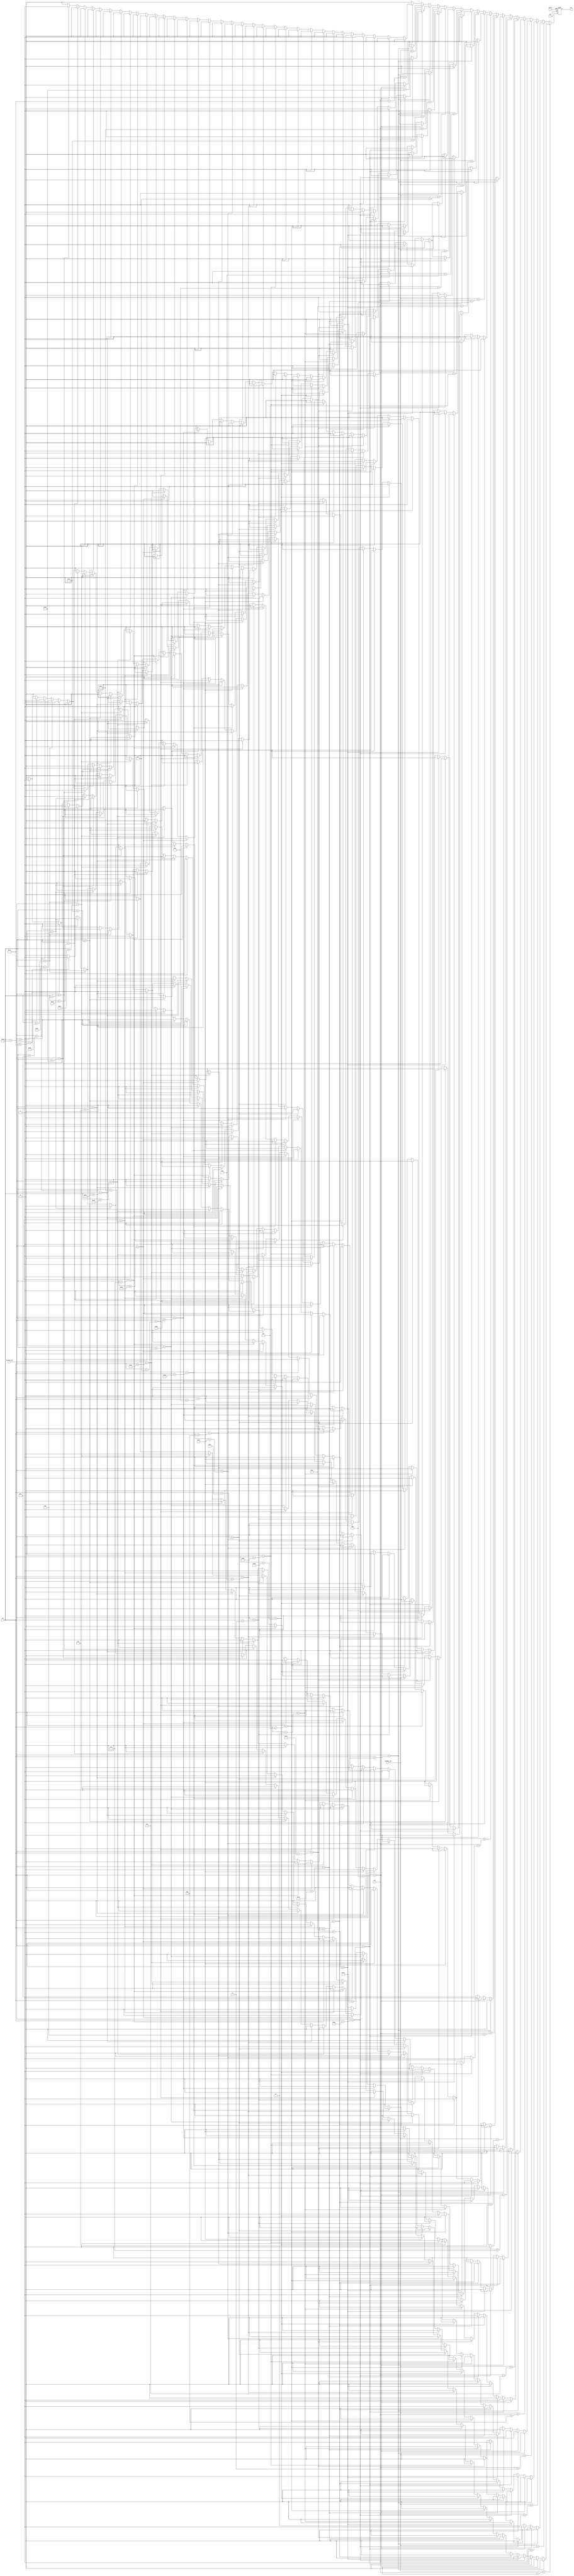
module star (clk,BTN_S,visible_col,visible_row,col,row,out);

input clk,BTN_S;
input [10:0]visible_col,visible_row,col,row;
output reg out;

wire [39:0] line_01,line_02,line_03,line_04,line_05,line_06,line_07,line_08,line_09,line_10;
wire [39:0] line_11,line_12,line_13,line_14,line_15,line_16,line_17,line_18,line_19,line_20;

assign line_01= 40'b0000000000000000000100000000000000000000;
assign line_02= 40'b0000000000000000001110000000000000000000;
assign line_03= 40'b0000000000000000001111000000000000000000;
assign line_04= 40'b0000000000000000011111000000000000000000;
assign line_05= 40'b0000000000000000011111100000000000000000;
assign line_06= 40'b0000000000000000111111110000000000000000;
assign line_07= 40'b0000000000000001111111110000000000000000;
assign line_08= 40'b0111111111111111111111111111111111111100;
assign line_09= 40'b0011111111111111111111111111111111111100;
assign line_10= 40'b0000111111111111111111111111111111100000;
assign line_11= 40'b0000000111111111111111111111111110000000;
assign line_12= 40'b0000000001111111111111111111110000000000;
assign line_13= 40'b0000000000011111111111111111000000000000;
assign line_14= 40'b0000000000011111111111111111100000000000;
assign line_15= 40'b0000000000111111111111111111100000000000;
assign line_16= 40'b0000000000111111111111111111110000000000;
assign line_17= 40'b0000000001111111100000111111110000000000;
assign line_18= 40'b0000000001111110000000000111111000000000;
assign line_19= 40'b0000000011110000000000000000111000000000;
assign line_20= 40'b0000000010000000000000000000001000000000;

always @(posedge clk or posedge BTN_S) begin
  if (BTN_S)
    out <= 0;
  else begin
    case (visible_row)
      row+0:
        case(visible_col)
          col+0: out <= line_01[39];    col+10: out <= line_01[29]; col+20: out <= line_01[19];  col+30: out <= line_01[9];
          col+1: out <= line_01[38];    col+11: out <= line_01[28]; col+21: out <= line_01[18];  col+31: out <= line_01[8];
          col+2: out <= line_01[37];    col+12: out <= line_01[27]; col+22: out <= line_01[17];  col+32: out <= line_01[7];
          col+3: out <= line_01[36];    col+13: out <= line_01[26]; col+23: out <= line_01[16];  col+33: out <= line_01[6];
          col+4: out <= line_01[35];    col+14: out <= line_01[25]; col+24: out <= line_01[15];  col+34: out <= line_01[5];
          col+5: out <= line_01[34];    col+15: out <= line_01[24]; col+25: out <= line_01[14];  col+35: out <= line_01[4];
          col+6: out <= line_01[33];    col+16: out <= line_01[23]; col+26: out <= line_01[13];  col+36: out <= line_01[3];
          col+7: out <= line_01[32];    col+17: out <= line_01[22]; col+27: out <= line_01[12];  col+37: out <= line_01[2];
          col+8: out <= line_01[31];    col+18: out <= line_01[21]; col+28: out <= line_01[11];  col+38: out <= line_01[1];
          col+9: out <= line_01[30];    col+19: out <= line_01[20]; col+29: out <= line_01[10];  col+39: out <= line_01[0];
          default: out <= 0;
        endcase
      row+1:
        case(visible_col)
          col+0: out <= line_02[39];    col+10: out <= line_02[29]; col+20: out <= line_02[19];  col+30: out <= line_02[9];
          col+1: out <= line_02[38];    col+11: out <= line_02[28]; col+21: out <= line_02[18];  col+31: out <= line_02[8];
          col+2: out <= line_02[37];    col+12: out <= line_02[27]; col+22: out <= line_02[17];  col+32: out <= line_02[7];
          col+3: out <= line_02[36];    col+13: out <= line_02[26]; col+23: out <= line_02[16];  col+33: out <= line_02[6];
          col+4: out <= line_02[35];    col+14: out <= line_02[25]; col+24: out <= line_02[15];  col+34: out <= line_02[5];
          col+5: out <= line_02[34];    col+15: out <= line_02[24]; col+25: out <= line_02[14];  col+35: out <= line_02[4];
          col+6: out <= line_02[33];    col+16: out <= line_02[23]; col+26: out <= line_02[13];  col+36: out <= line_02[3];
          col+7: out <= line_02[32];    col+17: out <= line_02[22]; col+27: out <= line_02[12];  col+37: out <= line_02[2];
          col+8: out <= line_02[31];    col+18: out <= line_02[21]; col+28: out <= line_02[11];  col+38: out <= line_02[1];
          col+9: out <= line_02[30];    col+19: out <= line_02[20]; col+29: out <= line_02[10];  col+39: out <= line_02[0];
          default: out <= 0;
        endcase

      row+2:
        case(visible_col)
          col+0: out <= line_03[39];    col+10: out <= line_03[29]; col+20: out <= line_03[19];  col+30: out <= line_03[9];
          col+1: out <= line_03[38];    col+11: out <= line_03[28]; col+21: out <= line_03[18];  col+31: out <= line_03[8];
          col+2: out <= line_03[37];    col+12: out <= line_03[27]; col+22: out <= line_03[17];  col+32: out <= line_03[7];
          col+3: out <= line_03[36];    col+13: out <= line_03[26]; col+23: out <= line_03[16];  col+33: out <= line_03[6];
          col+4: out <= line_03[35];    col+14: out <= line_03[25]; col+24: out <= line_03[15];  col+34: out <= line_03[5];
          col+5: out <= line_03[34];    col+15: out <= line_03[24]; col+25: out <= line_03[14];  col+35: out <= line_03[4];
          col+6: out <= line_03[33];    col+16: out <= line_03[23]; col+26: out <= line_03[13];  col+36: out <= line_03[3];
          col+7: out <= line_03[32];    col+17: out <= line_03[22]; col+27: out <= line_03[12];  col+37: out <= line_03[2];
          col+8: out <= line_03[31];    col+18: out <= line_03[21]; col+28: out <= line_03[11];  col+38: out <= line_03[1];
          col+9: out <= line_03[30];    col+19: out <= line_03[20]; col+29: out <= line_03[10];  col+39: out <= line_03[0];
          default: out <= 0;
        endcase
      row+3:
        case(visible_col)
          col+0: out <= line_04[39];    col+10: out <= line_04[29]; col+20: out <= line_04[19];  col+30: out <= line_04[9];
          col+1: out <= line_04[38];    col+11: out <= line_04[28]; col+21: out <= line_04[18];  col+31: out <= line_04[8];
          col+2: out <= line_04[37];    col+12: out <= line_04[27]; col+22: out <= line_04[17];  col+32: out <= line_04[7];
          col+3: out <= line_04[36];    col+13: out <= line_04[26]; col+23: out <= line_04[16];  col+33: out <= line_04[6];
          col+4: out <= line_04[35];    col+14: out <= line_04[25]; col+24: out <= line_04[15];  col+34: out <= line_04[5];
          col+5: out <= line_04[34];    col+15: out <= line_04[24]; col+25: out <= line_04[14];  col+35: out <= line_04[4];
          col+6: out <= line_04[33];    col+16: out <= line_04[23]; col+26: out <= line_04[13];  col+36: out <= line_04[3];
          col+7: out <= line_04[32];    col+17: out <= line_04[22]; col+27: out <= line_04[12];  col+37: out <= line_04[2];
          col+8: out <= line_04[31];    col+18: out <= line_04[21]; col+28: out <= line_04[11];  col+38: out <= line_04[1];
          col+9: out <= line_04[30];    col+19: out <= line_04[20]; col+29: out <= line_04[10];  col+39: out <= line_04[0];
          default: out <= 0;
        endcase
      row+4:
        case(visible_col)
          col+0: out <= line_05[39];    col+10: out <= line_05[29]; col+20: out <= line_05[19];  col+30: out <= line_05[9];
          col+1: out <= line_05[38];    col+11: out <= line_05[28]; col+21: out <= line_05[18];  col+31: out <= line_05[8];
          col+2: out <= line_05[37];    col+12: out <= line_05[27]; col+22: out <= line_05[17];  col+32: out <= line_05[7];
          col+3: out <= line_05[36];    col+13: out <= line_05[26]; col+23: out <= line_05[16];  col+33: out <= line_05[6];
          col+4: out <= line_05[35];    col+14: out <= line_05[25]; col+24: out <= line_05[15];  col+34: out <= line_05[5];
          col+5: out <= line_05[34];    col+15: out <= line_05[24]; col+25: out <= line_05[14];  col+35: out <= line_05[4];
          col+6: out <= line_05[33];    col+16: out <= line_05[23]; col+26: out <= line_05[13];  col+36: out <= line_05[3];
          col+7: out <= line_05[32];    col+17: out <= line_05[22]; col+27: out <= line_05[12];  col+37: out <= line_05[2];
          col+8: out <= line_05[31];    col+18: out <= line_05[21]; col+28: out <= line_05[11];  col+38: out <= line_05[1];
          col+9: out <= line_05[30];    col+19: out <= line_05[20]; col+29: out <= line_05[10];  col+39: out <= line_05[0];
          default: out <= 0;
        endcase
      row+5:
        case(visible_col)
          col+0: out <= line_06[39];    col+10: out <= line_06[29]; col+20: out <= line_06[19];  col+30: out <= line_06[9];
          col+1: out <= line_06[38];    col+11: out <= line_06[28]; col+21: out <= line_06[18];  col+31: out <= line_06[8];
          col+2: out <= line_06[37];    col+12: out <= line_06[27]; col+22: out <= line_06[17];  col+32: out <= line_06[7];
          col+3: out <= line_06[36];    col+13: out <= line_06[26]; col+23: out <= line_06[16];  col+33: out <= line_06[6];
          col+4: out <= line_06[35];    col+14: out <= line_06[25]; col+24: out <= line_06[15];  col+34: out <= line_06[5];
          col+5: out <= line_06[34];    col+15: out <= line_06[24]; col+25: out <= line_06[14];  col+35: out <= line_06[4];
          col+6: out <= line_06[33];    col+16: out <= line_06[23]; col+26: out <= line_06[13];  col+36: out <= line_06[3];
          col+7: out <= line_06[32];    col+17: out <= line_06[22]; col+27: out <= line_06[12];  col+37: out <= line_06[2];
          col+8: out <= line_06[31];    col+18: out <= line_06[21]; col+28: out <= line_06[11];  col+38: out <= line_06[1];
          col+9: out <= line_06[30];    col+19: out <= line_06[20]; col+29: out <= line_06[10];  col+39: out <= line_06[0];
          default: out <= 0;
        endcase
      row+6:
        case(visible_col)
          col+0: out <= line_07[39];    col+10: out <= line_07[29]; col+20: out <= line_07[19];  col+30: out <= line_07[9];
          col+1: out <= line_07[38];    col+11: out <= line_07[28]; col+21: out <= line_07[18];  col+31: out <= line_07[8];
          col+2: out <= line_07[37];    col+12: out <= line_07[27]; col+22: out <= line_07[17];  col+32: out <= line_07[7];
          col+3: out <= line_07[36];    col+13: out <= line_07[26]; col+23: out <= line_07[16];  col+33: out <= line_07[6];
          col+4: out <= line_07[35];    col+14: out <= line_07[25]; col+24: out <= line_07[15];  col+34: out <= line_07[5];
          col+5: out <= line_07[34];    col+15: out <= line_07[24]; col+25: out <= line_07[14];  col+35: out <= line_07[4];
          col+6: out <= line_07[33];    col+16: out <= line_07[23]; col+26: out <= line_07[13];  col+36: out <= line_07[3];
          col+7: out <= line_07[32];    col+17: out <= line_07[22]; col+27: out <= line_07[12];  col+37: out <= line_07[2];
          col+8: out <= line_07[31];    col+18: out <= line_07[21]; col+28: out <= line_07[11];  col+38: out <= line_07[1];
          col+9: out <= line_07[30];    col+19: out <= line_07[20]; col+29: out <= line_07[10];  col+39: out <= line_07[0];
          default: out <= 0;
        endcase
      row+7:
        case(visible_col)
          col+0: out <= line_08[39];    col+10: out <= line_08[29]; col+20: out <= line_08[19];  col+30: out <= line_08[9];
          col+1: out <= line_08[38];    col+11: out <= line_08[28]; col+21: out <= line_08[18];  col+31: out <= line_08[8];
          col+2: out <= line_08[37];    col+12: out <= line_08[27]; col+22: out <= line_08[17];  col+32: out <= line_08[7];
          col+3: out <= line_08[36];    col+13: out <= line_08[26]; col+23: out <= line_08[16];  col+33: out <= line_08[6];
          col+4: out <= line_08[35];    col+14: out <= line_08[25]; col+24: out <= line_08[15];  col+34: out <= line_08[5];
          col+5: out <= line_08[34];    col+15: out <= line_08[24]; col+25: out <= line_08[14];  col+35: out <= line_08[4];
          col+6: out <= line_08[33];    col+16: out <= line_08[23]; col+26: out <= line_08[13];  col+36: out <= line_08[3];
          col+7: out <= line_08[32];    col+17: out <= line_08[22]; col+27: out <= line_08[12];  col+37: out <= line_08[2];
          col+8: out <= line_08[31];    col+18: out <= line_08[21]; col+28: out <= line_08[11];  col+38: out <= line_08[1];
          col+9: out <= line_08[30];    col+19: out <= line_08[20]; col+29: out <= line_08[10];  col+39: out <= line_08[0];
          default: out <= 0;
        endcase
      row+8:
        case(visible_col)
          col+0: out <= line_09[39];    col+10: out <= line_09[29]; col+20: out <= line_09[19];  col+30: out <= line_09[9];
          col+1: out <= line_09[38];    col+11: out <= line_09[28]; col+21: out <= line_09[18];  col+31: out <= line_09[8];
          col+2: out <= line_09[37];    col+12: out <= line_09[27]; col+22: out <= line_09[17];  col+32: out <= line_09[7];
          col+3: out <= line_09[36];    col+13: out <= line_09[26]; col+23: out <= line_09[16];  col+33: out <= line_09[6];
          col+4: out <= line_09[35];    col+14: out <= line_09[25]; col+24: out <= line_09[15];  col+34: out <= line_09[5];
          col+5: out <= line_09[34];    col+15: out <= line_09[24]; col+25: out <= line_09[14];  col+35: out <= line_09[4];
          col+6: out <= line_09[33];    col+16: out <= line_09[23]; col+26: out <= line_09[13];  col+36: out <= line_09[3];
          col+7: out <= line_09[32];    col+17: out <= line_09[22]; col+27: out <= line_09[12];  col+37: out <= line_09[2];
          col+8: out <= line_09[31];    col+18: out <= line_09[21]; col+28: out <= line_09[11];  col+38: out <= line_09[1];
          col+9: out <= line_09[30];    col+19: out <= line_09[20]; col+29: out <= line_09[10];  col+39: out <= line_09[0];
          default: out <= 0;
        endcase
      row+9:
        case(visible_col)
          col+0: out <= line_10[39];    col+10: out <= line_10[29]; col+20: out <= line_10[19];  col+30: out <= line_10[9];
          col+1: out <= line_10[38];    col+11: out <= line_10[28]; col+21: out <= line_10[18];  col+31: out <= line_10[8];
          col+2: out <= line_10[37];    col+12: out <= line_10[27]; col+22: out <= line_10[17];  col+32: out <= line_10[7];
          col+3: out <= line_10[36];    col+13: out <= line_10[26]; col+23: out <= line_10[16];  col+33: out <= line_10[6];
          col+4: out <= line_10[35];    col+14: out <= line_10[25]; col+24: out <= line_10[15];  col+34: out <= line_10[5];
          col+5: out <= line_10[34];    col+15: out <= line_10[24]; col+25: out <= line_10[14];  col+35: out <= line_10[4];
          col+6: out <= line_10[33];    col+16: out <= line_10[23]; col+26: out <= line_10[13];  col+36: out <= line_10[3];
          col+7: out <= line_10[32];    col+17: out <= line_10[22]; col+27: out <= line_10[12];  col+37: out <= line_10[2];
          col+8: out <= line_10[31];    col+18: out <= line_10[21]; col+28: out <= line_10[11];  col+38: out <= line_10[1];
          col+9: out <= line_10[30];    col+19: out <= line_10[20]; col+29: out <= line_10[10];  col+39: out <= line_10[0];
          default: out <= 0;
        endcase
      row+10:
        case(visible_col)
          col+0: out <= line_11[39];    col+10: out <= line_11[29]; col+20: out <= line_11[19];  col+30: out <= line_11[9];
          col+1: out <= line_11[38];    col+11: out <= line_11[28]; col+21: out <= line_11[18];  col+31: out <= line_11[8];
          col+2: out <= line_11[37];    col+12: out <= line_11[27]; col+22: out <= line_11[17];  col+32: out <= line_11[7];
          col+3: out <= line_11[36];    col+13: out <= line_11[26]; col+23: out <= line_11[16];  col+33: out <= line_11[6];
          col+4: out <= line_11[35];    col+14: out <= line_11[25]; col+24: out <= line_11[15];  col+34: out <= line_11[5];
          col+5: out <= line_11[34];    col+15: out <= line_11[24]; col+25: out <= line_11[14];  col+35: out <= line_11[4];
          col+6: out <= line_11[33];    col+16: out <= line_11[23]; col+26: out <= line_11[13];  col+36: out <= line_11[3];
          col+7: out <= line_11[32];    col+17: out <= line_11[22]; col+27: out <= line_11[12];  col+37: out <= line_11[2];
          col+8: out <= line_11[31];    col+18: out <= line_11[21]; col+28: out <= line_11[11];  col+38: out <= line_11[1];
          col+9: out <= line_11[30];    col+19: out <= line_11[20]; col+29: out <= line_11[10];  col+39: out <= line_11[0];
          default: out <= 0;
        endcase
      row+11:
        case(visible_col)
          col+0: out <= line_12[39];    col+10: out <= line_12[29]; col+20: out <= line_12[19];  col+30: out <= line_12[9];
          col+1: out <= line_12[38];    col+11: out <= line_12[28]; col+21: out <= line_12[18];  col+31: out <= line_12[8];
          col+2: out <= line_12[37];    col+12: out <= line_12[27]; col+22: out <= line_12[17];  col+32: out <= line_12[7];
          col+3: out <= line_12[36];    col+13: out <= line_12[26]; col+23: out <= line_12[16];  col+33: out <= line_12[6];
          col+4: out <= line_12[35];    col+14: out <= line_12[25]; col+24: out <= line_12[15];  col+34: out <= line_12[5];
          col+5: out <= line_12[34];    col+15: out <= line_12[24]; col+25: out <= line_12[14];  col+35: out <= line_12[4];
          col+6: out <= line_12[33];    col+16: out <= line_12[23]; col+26: out <= line_12[13];  col+36: out <= line_12[3];
          col+7: out <= line_12[32];    col+17: out <= line_12[22]; col+27: out <= line_12[12];  col+37: out <= line_12[2];
          col+8: out <= line_12[31];    col+18: out <= line_12[21]; col+28: out <= line_12[11];  col+38: out <= line_12[1];
          col+9: out <= line_12[30];    col+19: out <= line_12[20]; col+29: out <= line_12[10];  col+39: out <= line_12[0];
          default: out <= 0;
        endcase
      row+12:
        case(visible_col)
          col+0: out <= line_13[39];    col+10: out <= line_13[29]; col+20: out <= line_13[19];  col+30: out <= line_13[9];
          col+1: out <= line_13[38];    col+11: out <= line_13[28]; col+21: out <= line_13[18];  col+31: out <= line_13[8];
          col+2: out <= line_13[37];    col+12: out <= line_13[27]; col+22: out <= line_13[17];  col+32: out <= line_13[7];
          col+3: out <= line_13[36];    col+13: out <= line_13[26]; col+23: out <= line_13[16];  col+33: out <= line_13[6];
          col+4: out <= line_13[35];    col+14: out <= line_13[25]; col+24: out <= line_13[15];  col+34: out <= line_13[5];
          col+5: out <= line_13[34];    col+15: out <= line_13[24]; col+25: out <= line_13[14];  col+35: out <= line_13[4];
          col+6: out <= line_13[33];    col+16: out <= line_13[23]; col+26: out <= line_13[13];  col+36: out <= line_13[3];
          col+7: out <= line_13[32];    col+17: out <= line_13[22]; col+27: out <= line_13[12];  col+37: out <= line_13[2];
          col+8: out <= line_13[31];    col+18: out <= line_13[21]; col+28: out <= line_13[11];  col+38: out <= line_13[1];
          col+9: out <= line_13[30];    col+19: out <= line_13[20]; col+29: out <= line_13[10];  col+39: out <= line_13[0];
          default: out <= 0;
        endcase
      row+13:
        case(visible_col)
          col+0: out <= line_14[39];    col+10: out <= line_14[29]; col+20: out <= line_14[19];  col+30: out <= line_14[9];
          col+1: out <= line_14[38];    col+11: out <= line_14[28]; col+21: out <= line_14[18];  col+31: out <= line_14[8];
          col+2: out <= line_14[37];    col+12: out <= line_14[27]; col+22: out <= line_14[17];  col+32: out <= line_14[7];
          col+3: out <= line_14[36];    col+13: out <= line_14[26]; col+23: out <= line_14[16];  col+33: out <= line_14[6];
          col+4: out <= line_14[35];    col+14: out <= line_14[25]; col+24: out <= line_14[15];  col+34: out <= line_14[5];
          col+5: out <= line_14[34];    col+15: out <= line_14[24]; col+25: out <= line_14[14];  col+35: out <= line_14[4];
          col+6: out <= line_14[33];    col+16: out <= line_14[23]; col+26: out <= line_14[13];  col+36: out <= line_14[3];
          col+7: out <= line_14[32];    col+17: out <= line_14[22]; col+27: out <= line_14[12];  col+37: out <= line_14[2];
          col+8: out <= line_14[31];    col+18: out <= line_14[21]; col+28: out <= line_14[11];  col+38: out <= line_14[1];
          col+9: out <= line_14[30];    col+19: out <= line_14[20]; col+29: out <= line_14[10];  col+39: out <= line_14[0];
          default: out <= 0;
        endcase
      row+14:
        case(visible_col)
          col+0: out <= line_15[39];    col+10: out <= line_15[29]; col+20: out <= line_15[19];  col+30: out <= line_15[9];
          col+1: out <= line_15[38];    col+11: out <= line_15[28]; col+21: out <= line_15[18];  col+31: out <= line_15[8];
          col+2: out <= line_15[37];    col+12: out <= line_15[27]; col+22: out <= line_15[17];  col+32: out <= line_15[7];
          col+3: out <= line_15[36];    col+13: out <= line_15[26]; col+23: out <= line_15[16];  col+33: out <= line_15[6];
          col+4: out <= line_15[35];    col+14: out <= line_15[25]; col+24: out <= line_15[15];  col+34: out <= line_15[5];
          col+5: out <= line_15[34];    col+15: out <= line_15[24]; col+25: out <= line_15[14];  col+35: out <= line_15[4];
          col+6: out <= line_15[33];    col+16: out <= line_15[23]; col+26: out <= line_15[13];  col+36: out <= line_15[3];
          col+7: out <= line_15[32];    col+17: out <= line_15[22]; col+27: out <= line_15[12];  col+37: out <= line_15[2];
          col+8: out <= line_15[31];    col+18: out <= line_15[21]; col+28: out <= line_15[11];  col+38: out <= line_15[1];
          col+9: out <= line_15[30];    col+19: out <= line_15[20]; col+29: out <= line_15[10];  col+39: out <= line_15[0];
          default: out <= 0;
        endcase
      row+15:
        case(visible_col)
          col+0: out <= line_16[39];    col+10: out <= line_16[29]; col+20: out <= line_16[19];  col+30: out <= line_16[9];
          col+1: out <= line_16[38];    col+11: out <= line_16[28]; col+21: out <= line_16[18];  col+31: out <= line_16[8];
          col+2: out <= line_16[37];    col+12: out <= line_16[27]; col+22: out <= line_16[17];  col+32: out <= line_16[7];
          col+3: out <= line_16[36];    col+13: out <= line_16[26]; col+23: out <= line_16[16];  col+33: out <= line_16[6];
          col+4: out <= line_16[35];    col+14: out <= line_16[25]; col+24: out <= line_16[15];  col+34: out <= line_16[5];
          col+5: out <= line_16[34];    col+15: out <= line_16[24]; col+25: out <= line_16[14];  col+35: out <= line_16[4];
          col+6: out <= line_16[33];    col+16: out <= line_16[23]; col+26: out <= line_16[13];  col+36: out <= line_16[3];
          col+7: out <= line_16[32];    col+17: out <= line_16[22]; col+27: out <= line_16[12];  col+37: out <= line_16[2];
          col+8: out <= line_16[31];    col+18: out <= line_16[21]; col+28: out <= line_16[11];  col+38: out <= line_16[1];
          col+9: out <= line_16[30];    col+19: out <= line_16[20]; col+29: out <= line_16[10];  col+39: out <= line_16[0];
          default: out <= 0;
        endcase
      row+16:
        case(visible_col)
          col+0: out <= line_17[39];    col+10: out <= line_17[29]; col+20: out <= line_17[19];  col+30: out <= line_17[9];
          col+1: out <= line_17[38];    col+11: out <= line_17[28]; col+21: out <= line_17[18];  col+31: out <= line_17[8];
          col+2: out <= line_17[37];    col+12: out <= line_17[27]; col+22: out <= line_17[17];  col+32: out <= line_17[7];
          col+3: out <= line_17[36];    col+13: out <= line_17[26]; col+23: out <= line_17[16];  col+33: out <= line_17[6];
          col+4: out <= line_17[35];    col+14: out <= line_17[25]; col+24: out <= line_17[15];  col+34: out <= line_17[5];
          col+5: out <= line_17[34];    col+15: out <= line_17[24]; col+25: out <= line_17[14];  col+35: out <= line_17[4];
          col+6: out <= line_17[33];    col+16: out <= line_17[23]; col+26: out <= line_17[13];  col+36: out <= line_17[3];
          col+7: out <= line_17[32];    col+17: out <= line_17[22]; col+27: out <= line_17[12];  col+37: out <= line_17[2];
          col+8: out <= line_17[31];    col+18: out <= line_17[21]; col+28: out <= line_17[11];  col+38: out <= line_17[1];
          col+9: out <= line_17[30];    col+19: out <= line_17[20]; col+29: out <= line_17[10];  col+39: out <= line_17[0];
          default: out <= 0;
        endcase
      row+17:
        case(visible_col)
          col+0: out <= line_18[39];    col+10: out <= line_18[29]; col+20: out <= line_18[19];  col+30: out <= line_18[9];
          col+1: out <= line_18[38];    col+11: out <= line_18[28]; col+21: out <= line_18[18];  col+31: out <= line_18[8];
          col+2: out <= line_18[37];    col+12: out <= line_18[27]; col+22: out <= line_18[17];  col+32: out <= line_18[7];
          col+3: out <= line_18[36];    col+13: out <= line_18[26]; col+23: out <= line_18[16];  col+33: out <= line_18[6];
          col+4: out <= line_18[35];    col+14: out <= line_18[25]; col+24: out <= line_18[15];  col+34: out <= line_18[5];
          col+5: out <= line_18[34];    col+15: out <= line_18[24]; col+25: out <= line_18[14];  col+35: out <= line_18[4];
          col+6: out <= line_18[33];    col+16: out <= line_18[23]; col+26: out <= line_18[13];  col+36: out <= line_18[3];
          col+7: out <= line_18[32];    col+17: out <= line_18[22]; col+27: out <= line_18[12];  col+37: out <= line_18[2];
          col+8: out <= line_18[31];    col+18: out <= line_18[21]; col+28: out <= line_18[11];  col+38: out <= line_18[1];
          col+9: out <= line_18[30];    col+19: out <= line_18[20]; col+29: out <= line_18[10];  col+39: out <= line_18[0];
          default: out <= 0;
        endcase
      row+18:
        case(visible_col)
          col+0: out <= line_19[39];    col+10: out <= line_19[29]; col+20: out <= line_19[19];  col+30: out <= line_19[9];
          col+1: out <= line_19[38];    col+11: out <= line_19[28]; col+21: out <= line_19[18];  col+31: out <= line_19[8];
          col+2: out <= line_19[37];    col+12: out <= line_19[27]; col+22: out <= line_19[17];  col+32: out <= line_19[7];
          col+3: out <= line_19[36];    col+13: out <= line_19[26]; col+23: out <= line_19[16];  col+33: out <= line_19[6];
          col+4: out <= line_19[35];    col+14: out <= line_19[25]; col+24: out <= line_19[15];  col+34: out <= line_19[5];
          col+5: out <= line_19[34];    col+15: out <= line_19[24]; col+25: out <= line_19[14];  col+35: out <= line_19[4];
          col+6: out <= line_19[33];    col+16: out <= line_19[23]; col+26: out <= line_19[13];  col+36: out <= line_19[3];
          col+7: out <= line_19[32];    col+17: out <= line_19[22]; col+27: out <= line_19[12];  col+37: out <= line_19[2];
          col+8: out <= line_19[31];    col+18: out <= line_19[21]; col+28: out <= line_19[11];  col+38: out <= line_19[1];
          col+9: out <= line_19[30];    col+19: out <= line_19[20]; col+29: out <= line_19[10];  col+39: out <= line_19[0];
          default: out <= 0;
        endcase
      row+19:
        case(visible_col)
          col+0: out <= line_20[39];    col+10: out <= line_20[29]; col+20: out <= line_20[19];  col+30: out <= line_20[9];
          col+1: out <= line_20[38];    col+11: out <= line_20[28]; col+21: out <= line_20[18];  col+31: out <= line_20[8];
          col+2: out <= line_20[37];    col+12: out <= line_20[27]; col+22: out <= line_20[17];  col+32: out <= line_20[7];
          col+3: out <= line_20[36];    col+13: out <= line_20[26]; col+23: out <= line_20[16];  col+33: out <= line_20[6];
          col+4: out <= line_20[35];    col+14: out <= line_20[25]; col+24: out <= line_20[15];  col+34: out <= line_20[5];
          col+5: out <= line_20[34];    col+15: out <= line_20[24]; col+25: out <= line_20[14];  col+35: out <= line_20[4];
          col+6: out <= line_20[33];    col+16: out <= line_20[23]; col+26: out <= line_20[13];  col+36: out <= line_20[3];
          col+7: out <= line_20[32];    col+17: out <= line_20[22]; col+27: out <= line_20[12];  col+37: out <= line_20[2];
          col+8: out <= line_20[31];    col+18: out <= line_20[21]; col+28: out <= line_20[11];  col+38: out <= line_20[1];
          col+9: out <= line_20[30];    col+19: out <= line_20[20]; col+29: out <= line_20[10];  col+39: out <= line_20[0];
          default: out <= 0;
        endcase
      default:out <= 0;
    endcase
  end
end
endmodule